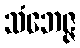
သံဘေဇ္ဇ